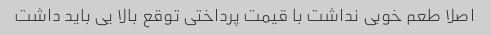
اصلا طعم خوبی نداشت با قیمت پرداختی توقع بالا یی باید داشت